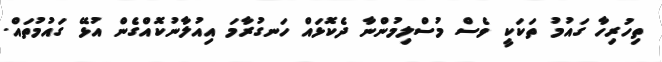
ތިހުރިހާ ގައުމު ތަކަކީ ވެސް މުސްލިމުންނާ ދެކޮޅައް ހަނގުރާމަ އިއުލާނުކޮއްގެން އުޅޭ ގައުމުތައް.